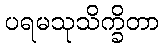
ပရမသုသိက္ခိတာ